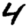
Digit: 4